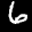
Label: 6